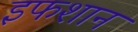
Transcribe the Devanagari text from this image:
इफशान